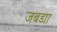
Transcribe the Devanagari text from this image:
जबड्या